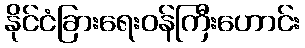
နိုင်ငံခြားရေးဝန်ကြီးဟောင်း